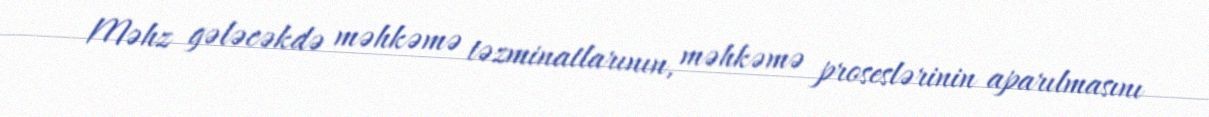
Məhz gələcəkdə məhkəmə təzminatlarının, məhkəmə proseslərinin aparılmasını